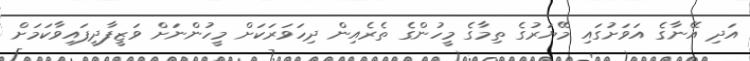
އަދި އޭނާގެ އަވަށުގައި މޭޔަރުގެ ތިމާގެ މީހުންގެ ތެރެއިން ދިހަވަރަކަށް މީހުންނަށް ވަޒީފާދީފައިވާކަމަށް